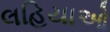
લહિયાઓ